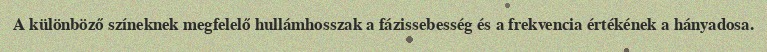
A különböző színeknek megfelelő hullámhosszak a fázissebesség és a frekvencia értékének a hányadosa.